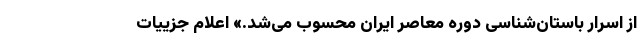
از اسرار باستان‌شناسی دوره معاصر ایران محسوب می‌شد.» اعلام جزییات